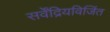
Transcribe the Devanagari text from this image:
सर्वेंद्रियविजिंत